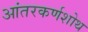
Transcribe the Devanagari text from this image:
आंतरकर्णशोथ